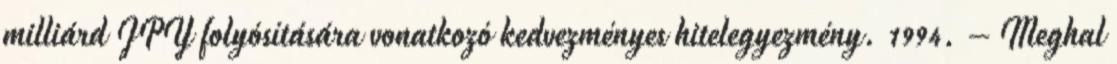
milliárd JPY folyósítására vonatkozó kedvezményes hitelegyezmény. 1994. – Meghal